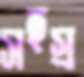
সহস্র